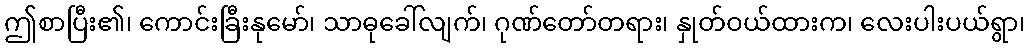
ဤစာပြီး၏၊ ကောင်းခြီးနုမော်၊ သာဓုခေါ်လျက်၊ ဂုဏ်တော်တရား၊ နှုတ်ဝယ်ထားက၊ လေးပါးပယ်ရွာ၊